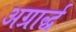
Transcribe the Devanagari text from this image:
अग्रार्द्ध